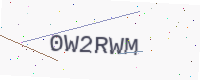
Text: 0W2RWM